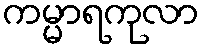
ကမ္မာရကုလာ